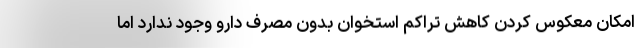
امکان معکوس کردن کاهش تراکم استخوان بدون مصرف دارو وجود ندارد اما